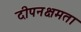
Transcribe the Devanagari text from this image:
दीपनक्षमता